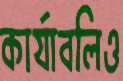
কার্যাবলিও